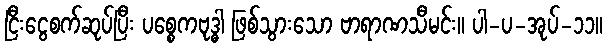
ငြီးငွေစက်ဆုပ်ပြီး ပစ္စေကဗုဒ္ဓါ ဖြစ်သွားသော ဗာရာဏသီမင်း။ ပါ-ပ-အုပ်-၁၁။